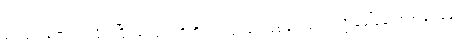
၃၂ ယေရှုက ရပ်လိုက်ပြီး ခင်ဗျားတို့ကို ဘာလုပ်ပေးစေချင်သလဲ လို့ ခေါ်မေးတဲ့အခါ၊ ၃၃